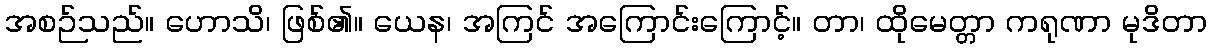
အစဉ်သည်။ ဟောသိ၊ ဖြစ်၏။ ယေန၊ အကြင် အကြောင်းကြောင့်။ တာ၊ ထိုမေတ္တာ ကရုဏာ မုဒိတာ